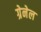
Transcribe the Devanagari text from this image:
ग्रेनेल